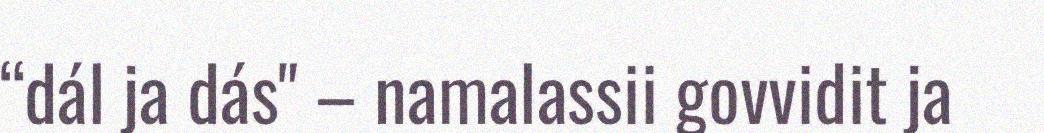
“dál ja dás" – namalassii govvidit ja